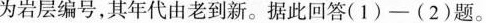
为岩层编号，其年代由老到新。据此回答(1)-(2)题。